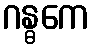
ဂန္ဓကေ